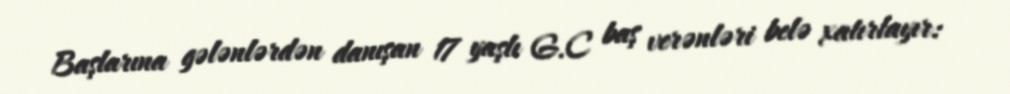
Başlarına gələnlərdən danışan 17 yaşlı G.C baş verənləri belə xatırlayır: